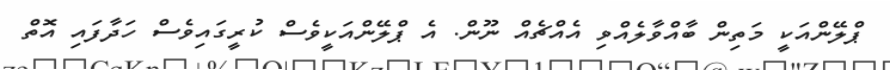
ޕްލޭންއަކީ މަތިން ބާއްވާލެއްވި އެއްޗެއް ނޫން. އެ ޕްލޭންއަކީވެސް ކުރީގައިވެސް ހަދާފައި އޮތް